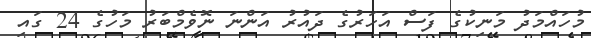
މުހައްމަދު މަނިކުގެ ފަސް އަހަރުގެ ދައުރު އަންނަ ނޮވެމްބަރު މަހުގެ 24 ގައި